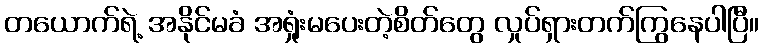
တယောက်ရဲ့ အနိုင်မခံ အရှုံးမပေးတဲ့စိတ်တွေ လှုပ်ရှားတက်ကြွနေပါပြီ။